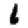
Digit: 6